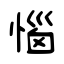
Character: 惱